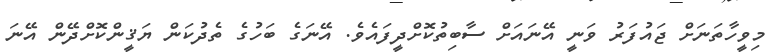
މިވީހާތަނަށް ޖައުފަރު ވަނީ އޭނައަށް ސާބިތުކޮށްދީފައެވެ. އޭނަގެ ބަހުގެ ތެދުކަން ޔަޤީންކޮށްދޭން އޭނަ